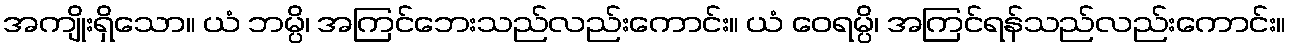
အကျိုးရှိသော။ ယံ ဘမ္ပိ၊ အကြင်ဘေးသည်လည်းကောင်း။ ယံ ဝေရမ္ပိ၊ အကြင်ရန်သည်လည်းကောင်း။